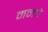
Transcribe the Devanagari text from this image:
मनपे